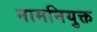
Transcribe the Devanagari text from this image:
नामनियुक्त